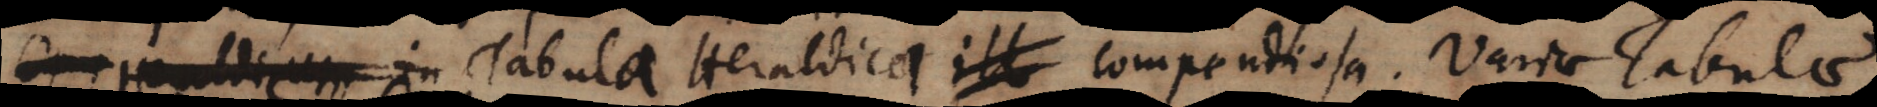
. Tabula Heraldica compendiosa. Variae Tabulae